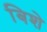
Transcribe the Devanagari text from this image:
बिशे